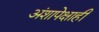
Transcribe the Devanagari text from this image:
अंशापेक्षाही